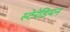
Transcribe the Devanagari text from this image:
स्टेरेडियन